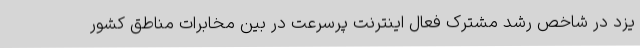
یزد در شاخص رشد مشترک فعال اینترنت پرسرعت در بین مخابرات مناطق کشور